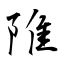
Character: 陮